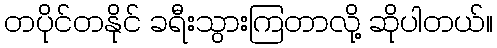
တပိုင်တနိုင် ခရီးသွားကြတာလို့ ဆိုပါတယ်။